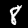
Digit: 8